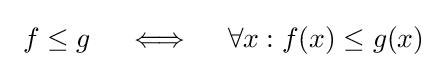
\ f\leq g\quad \iff \quad \forall x:f(x)\leq g(x)